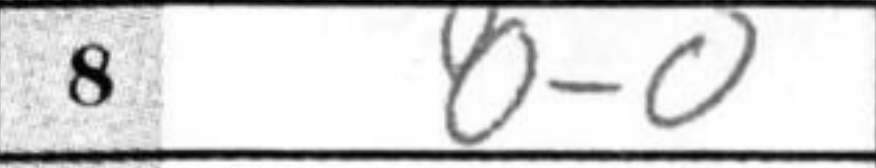
Transcription: O-O